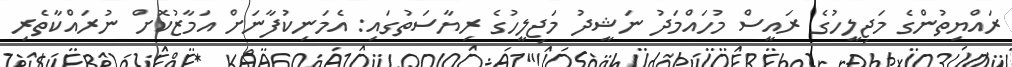
ރައްޔިތުންގެ މަޖިލީހުގެ ރައީސް މުހައްމަދު ނަޝީދު މަޖިލީހުގެ ރިޔާސަތުގައި: އެމަނިކުފާނަށް އަމާޒުކޮށް ނުރައްކާތެރި